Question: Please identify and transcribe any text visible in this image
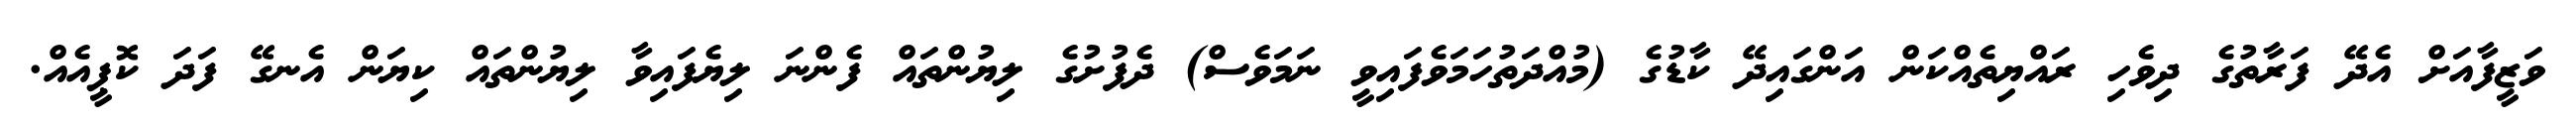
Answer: ވަޒީފާއަށް އެދޭ ފަރާތުގެ ދިވެހި ރައްޔިތެއްކަން އަންގައިދޭ ކާޑުގެ (މުއްދަތުހަމަވެފައިވީ ނަމަވެސް) ދެފުށުގެ ލިޔުންތައް ފެންނަ ލިޔެފައިވާ ލިޔުންތައް ކިޔަން އެނގޭ ފަދަ ކޮޕީއެއް.